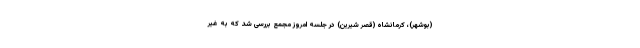
(بوشهر)، کرمانشاه (قصر شیرین) در جلسه امروز مجمع بررسی شد که به غیر